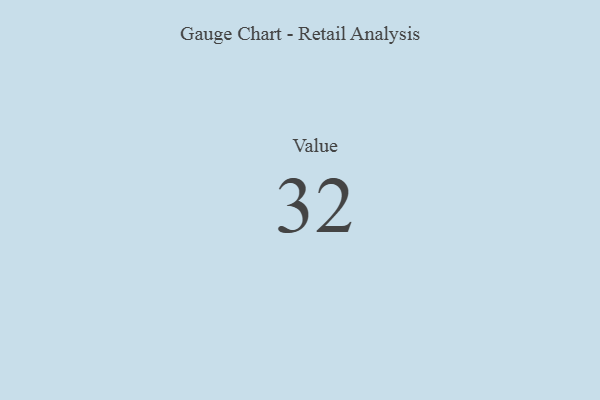
{"axis": {"x": "Metric", "y": "Value"}, "legend": [""], "data": [{"x": "Value", "y": 32, "type": ""}]}